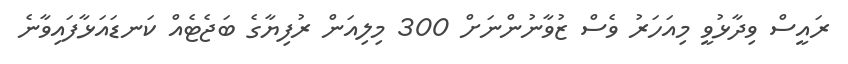
ރައީސް ވިދާޅުވީ މިއަހަރު ވެސް ޒުވާނުންނަށް 300 މިލިއަން ރުފިޔާގެ ބަޖެޓެއް ކަނޑައަޅާފައިވާނެ